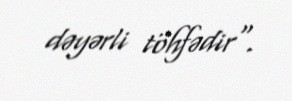
dəyərli töhfədir".